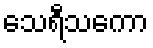
သေရီသကော